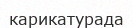
карикатурада